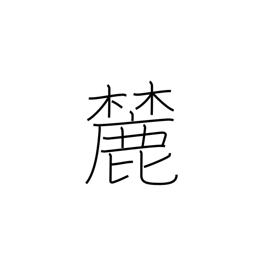
Meaning: foot of a mountain